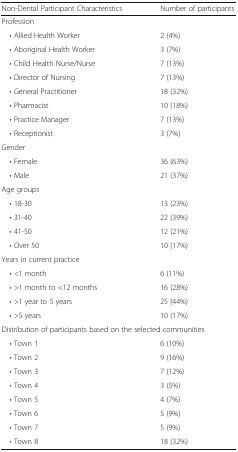
| Non-Dental Participant Characteristics | Number of participants |
 | --- | --- |
 | <COLSPAN=2> Profession |
 | • Allied Health Worker | 2 (4%) |
 | • Aboriginal Health Worker | 3 (7%) |
 | • Child Health Nurse/Nurse | 7 (13%) |
 | • Director of Nursing | 7 (13%) |
 | • General Practitioner | 18 (32%) |
 | • Pharmacist | 10 (18%) |
 | • Practice Manager | 7 (13%) |
 | • Receptionist | 3 (7%) |
 | <COLSPAN=2> Gender |
 | • Female | 36 (63%) |
 | • Male | 21 (37%) |
 | <COLSPAN=2> Age groups |
 | • 18-30 | 13 (23%) |
 | • 31-40 | 22 (39%) |
 | • 41-50 | 12 (21%) |
 | • Over 50 | 10 (17%) |
 | <COLSPAN=2> Years in current practice |
 | • <1 month | 6 (11%) |
 | • >1 month to <12 months | 16 (28%) |
 | • >1 year to 5 years | 25 (44%) |
 | • >5 years | 10 (17%) |
 | <COLSPAN=2> Distribution of participants based on the selected communities |
 | • Town 1 | 6 (10%) |
 | • Town 2 | 9 (16%) |
 | • Town 3 | 7 (12%) |
 | • Town 4 | 3 (5%) |
 | • Town 5 | 4 (7%) |
 | • Town 6 | 5 (9%) |
 | • Town 7 | 5 (9%) |
 | • Town 8 | 18 (32%) |